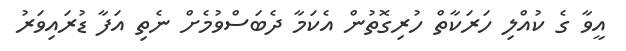
އީވާ ގެ ކުއްލި ހަރަކާތް ހުރިގޮތުން އެކަމާ ދެބަސްވުމެށް ނެތި އަފާ ޑުރައިވަރު